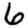
Digit: 6